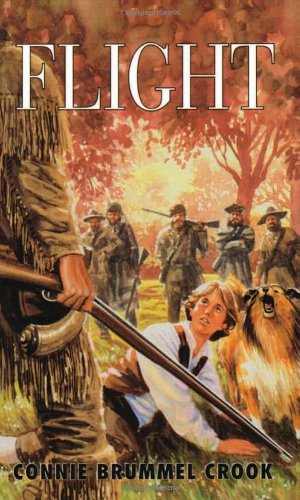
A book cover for Flight; Connie Brummel Crook; Teen & Young Adult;